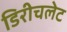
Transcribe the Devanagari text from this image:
डिरीचलेट